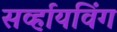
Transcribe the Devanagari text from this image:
सर्व्हायविंग